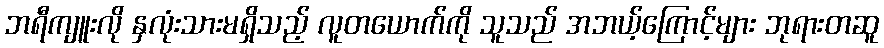
ဘရီကျူးလို နှလုံးသားမရှိသည့် လူတယောက်ကို သူသည် အဘယ့်ကြောင့်များ ဘုရားတဆူ